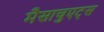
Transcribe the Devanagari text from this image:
मैसाचुएट्स